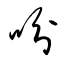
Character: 吩